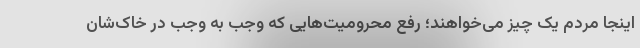
اینجا مردم یک چیز می‌خواهند؛ رفع محرومیت‌هایی که وجب به وجب در خاک‌شان